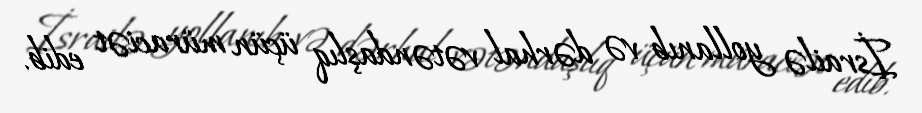
İsrailə yollanıb və dərhal vətəndaşlıq üçün müraciət edib.